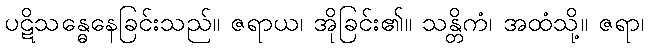
ပဋိသန္ဓေနေခြင်းသည်။ ဇရာယ၊ အိုခြင်း၏။ သန္တိကံ၊ အထံသို့။ ဇရာ၊